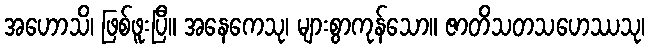
အဟောသိ၊ ဖြစ်ဖူးပြီ။ အနေကေသု၊ များစွာကုန်သော။ ဇာတိသတသဟေဿသု၊